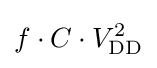
f\cdot C\cdot V_{\text{DD}}^{2}